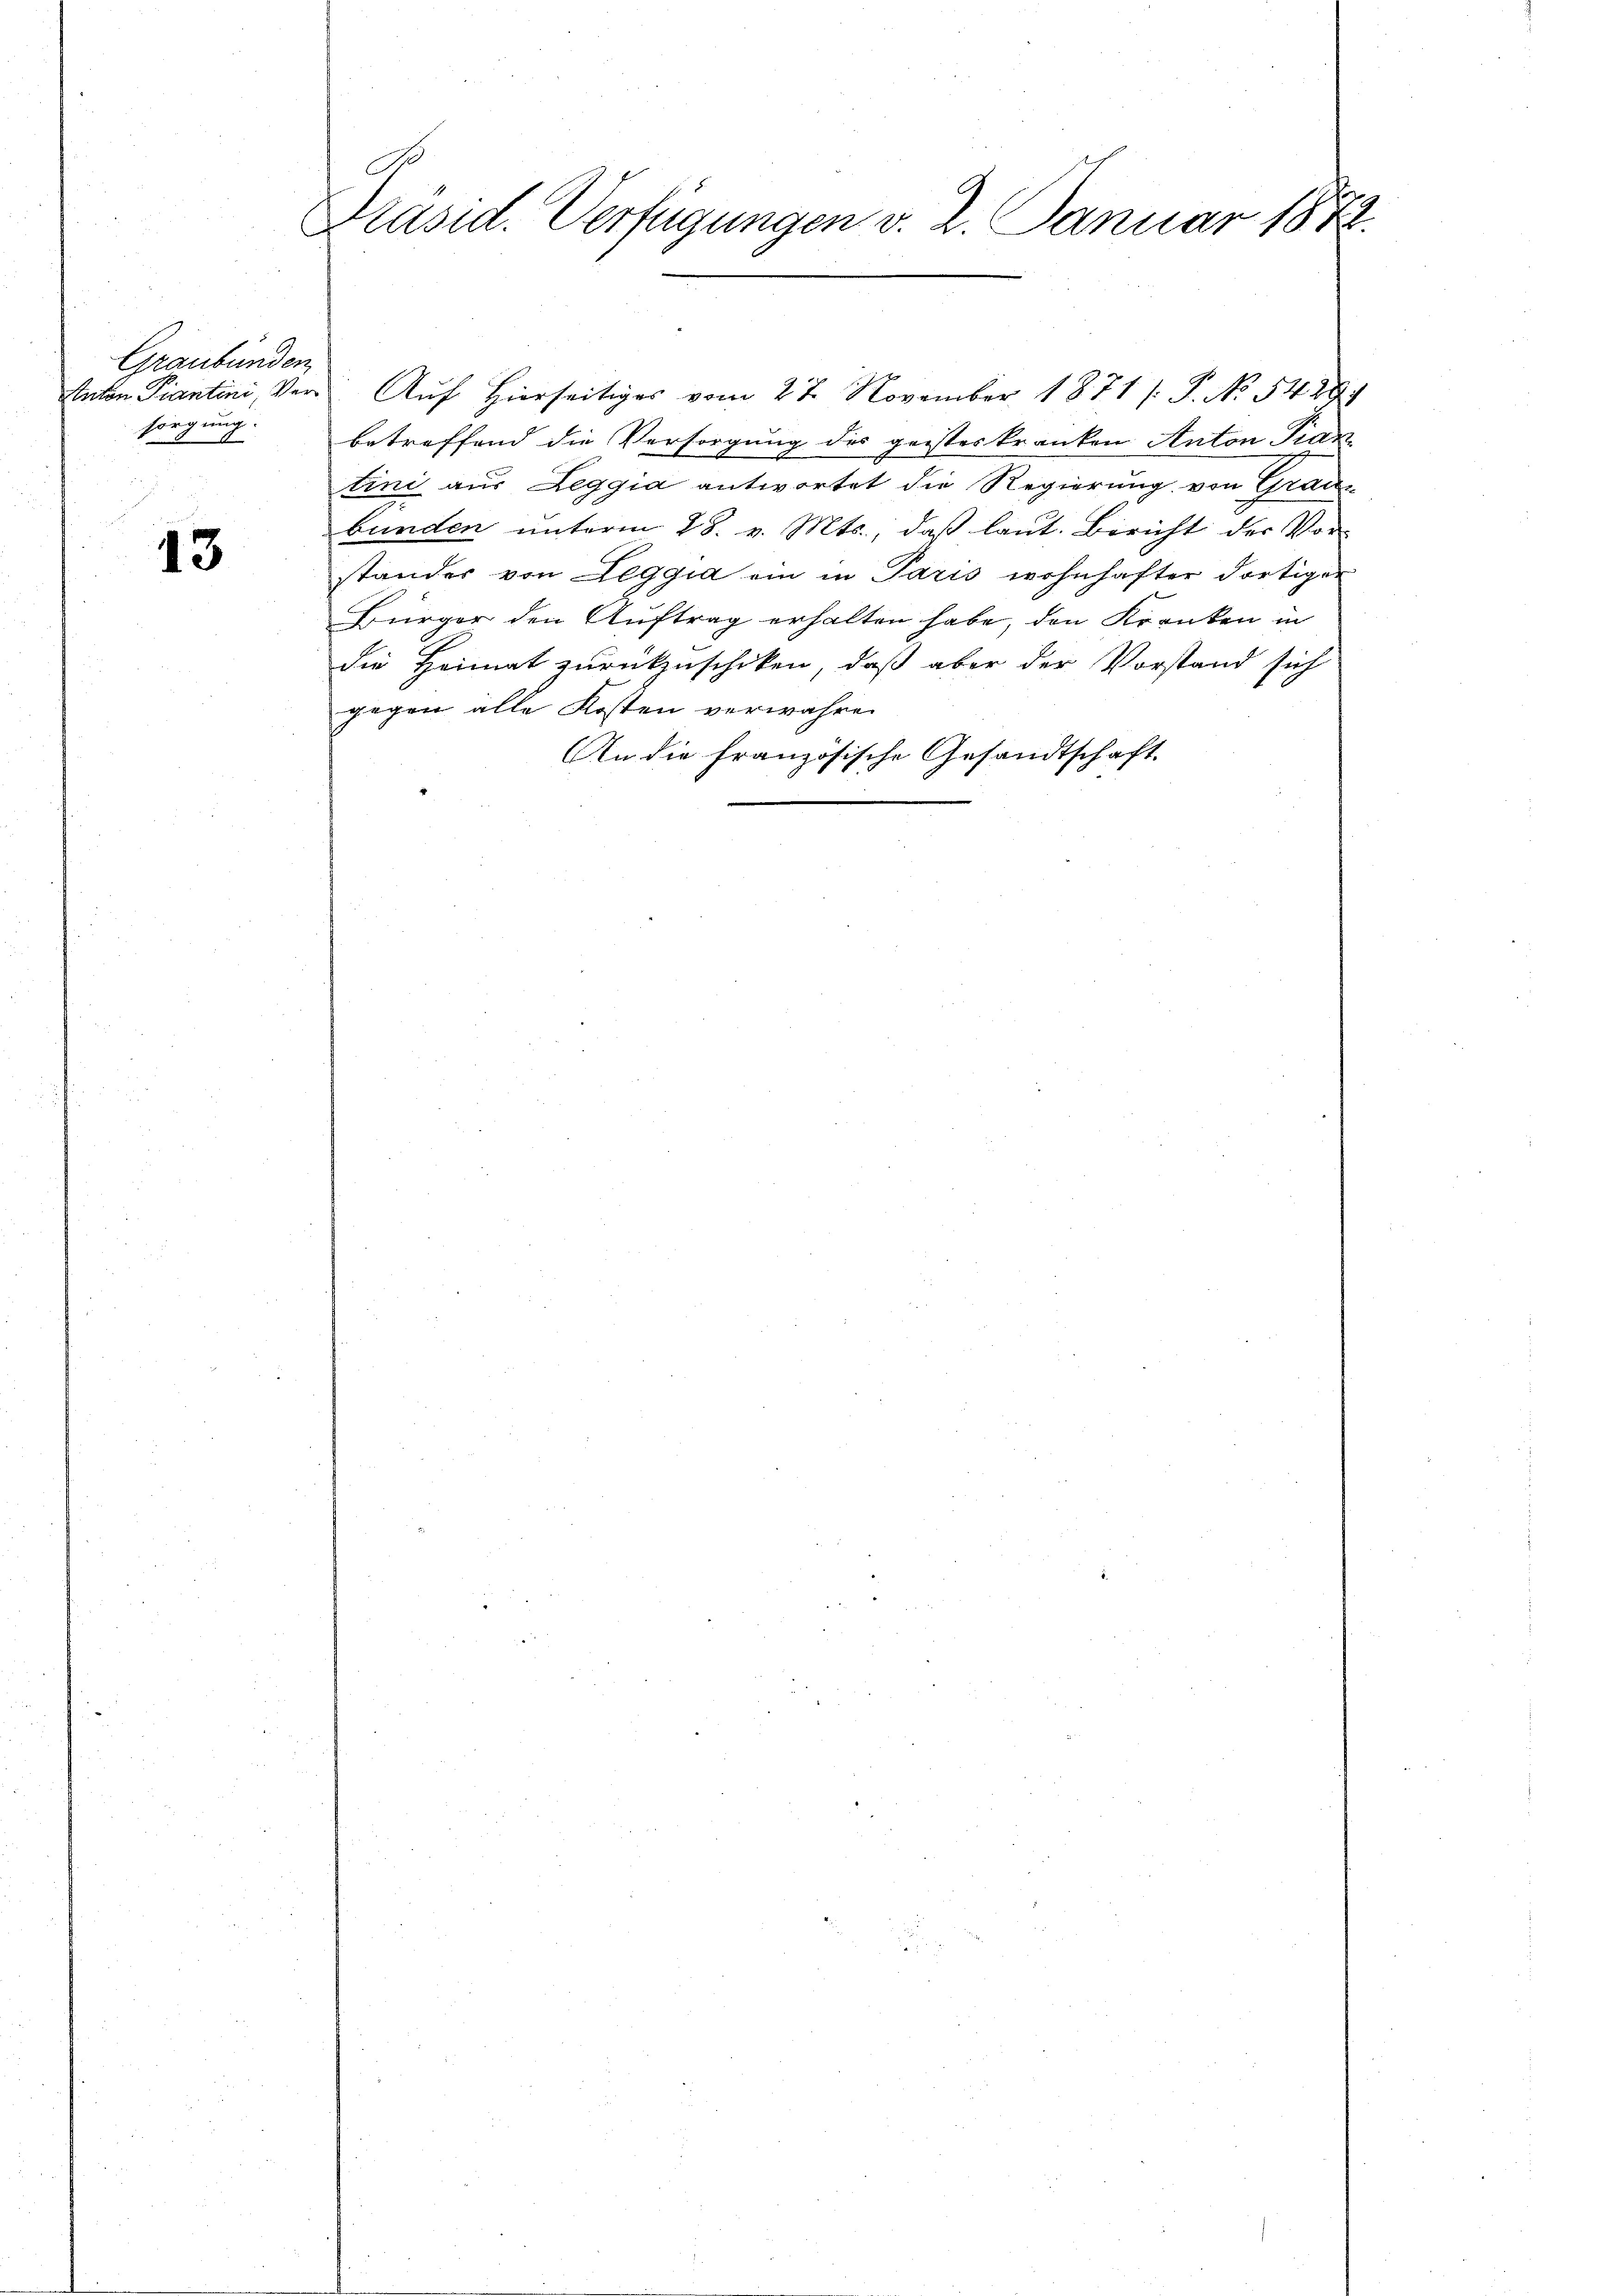
Graubünden
sorgung.

13

Präsid. Verfügungen v. 2. Januar 1872.

Anton Piantini, Vor Auf hierseitiger vom 27. November 1871 /: P. No. 5489.
betreffend die Versorgung des geisteskranken Anton Pian
tini aus Leggia antwortet die Regierung von Graus
bunden unterm 28. v. Mts., daß laut. Bericht der Vor-
ständer von Leggia ein in Paris wohnhafter dortigen
Bürger den Auftrag erhalten habe, den Kranken in
die Heimat zurückzuschiken, daß aber der Vorstand sich
gegen alle Kosten verwahren
An die französische Gesandtschaft.